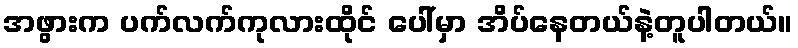
အဖွားက ပက်လက်ကုလားထိုင် ပေါ်မှာ အိပ်နေတယ်နဲ့တူပါတယ်။